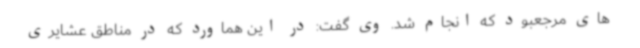
های مرجعبود که انجام شد. وی گفت: در این هماورد که در مناطق عشایری